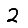
Digit: 2